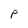
Character: P